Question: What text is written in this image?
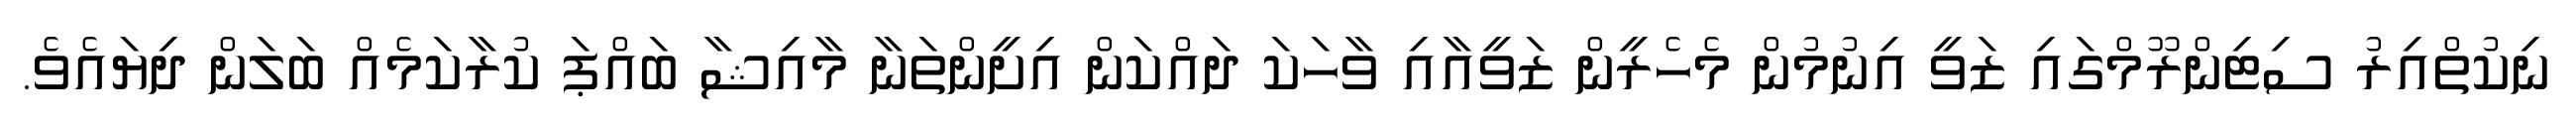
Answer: ނިކުތްއިރު ސިޓިންރޫމްގައި ޒަވީ އިނުމުން މެހެރީން ޒަވީއާއި ވާހަކަ ދައްކަން އިށީންތަނާ މާއިޝާ ބައްޕަ ކުރާކަމެއް ބަލަން ދިޔައެވެ.